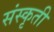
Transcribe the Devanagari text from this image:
संस्कृती